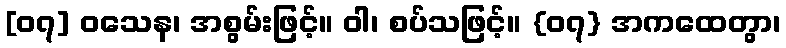
[၀၇] ဝသေန၊ အစွမ်းဖြင့်။ ဝါ၊ စပ်သဖြင့်။ {၀၇} အကထေတွာ၊